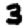
Digit: 3